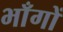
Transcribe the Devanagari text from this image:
भाँगों